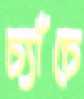
চ্যাঁচে